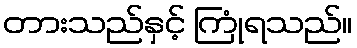
တားသည်နှင့် ကြုံရသည်။